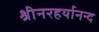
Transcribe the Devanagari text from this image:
श्रीनरहर्यानन्द